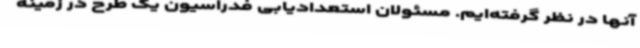
آنها در نظر گرفته‌ایم. مسئولان استعدادیابی فدراسیون یک طرح در زمینه